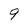
Character: 9